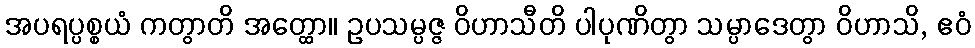
အပရပ္ပစ္စယံ ကတွာတိ အတ္ထော။ ဥပသမ္ပဇ္ဇ ဝိဟာသီတိ ပါပုဏိတွာ သမ္ပာဒေတွာ ဝိဟာသိ, ဧဝံ